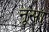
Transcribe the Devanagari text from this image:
नूसा